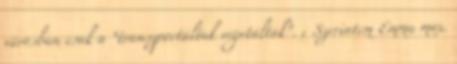
városban csak a “transzportáltak vegetáltak”. ; Szerintem Emma max.